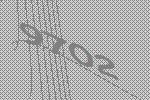
9702